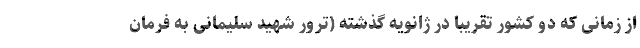
از زمانی که دو کشور تقریبا در ژانویه گذشته (ترور شهید سلیمانی به فرمان